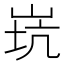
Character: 𡷲